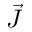
\vec { J }